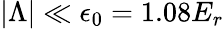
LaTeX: \begin{array}{r}{|\Lambda|\ll\epsilon_{0}=1.08E_{r}}\end{array}